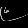
Digit: ၉